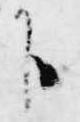
下